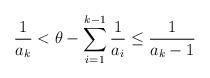
LaTeX: \begin{align*}\frac{1}{a_k} < \theta - \sum_{i=1}^{k-1} \frac{1}{a_i} \leq \frac{1}{a_k-1} \end{align*}